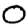
Digit: 0